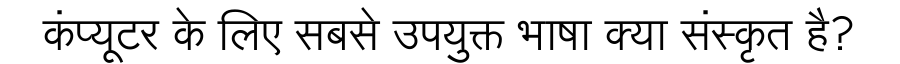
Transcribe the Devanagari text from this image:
कंप्यूटर के लिए सबसे उपयुक्त भाषा क्या संस्कृत है?